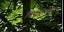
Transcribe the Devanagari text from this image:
पिचकराइं